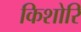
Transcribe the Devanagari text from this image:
किशोरि